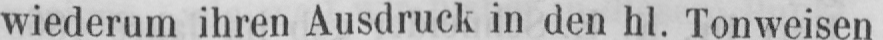
wiederum ihren Ausdruck in den hl. Tonweisen